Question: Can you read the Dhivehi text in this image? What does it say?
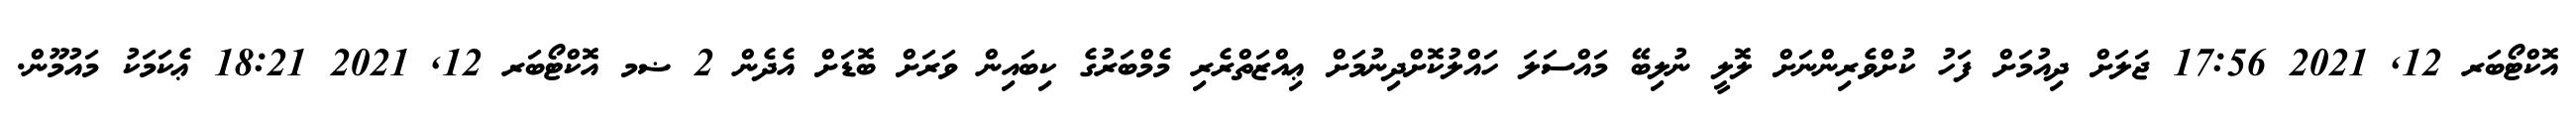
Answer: އޮކްޓޯބަރ 12, 2021 17:56 ޖަލަށް ދިއުމަށް ފަހު ކުށްވެރިންނަށް ލޮލީ ނުލިބޭ މައްސަލަ ހައްލުކޮށްދިނުމަށް ޢިއްޒަތްރެރި މެމްބަރުގެ ކިބައިން ވަރަށް ބޮޑަށް އެދެން 2 ޟމ އޮކްޓޯބަރ 12, 2021 18:21 ޢެކަމަކު މައުމޫން.